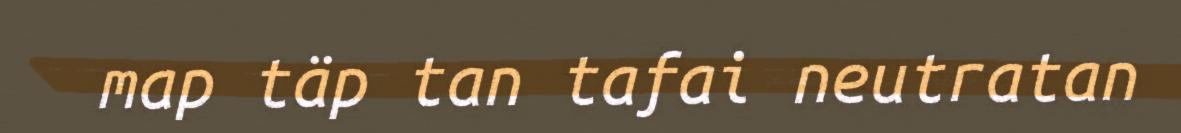
map täp tan tafai neutratan